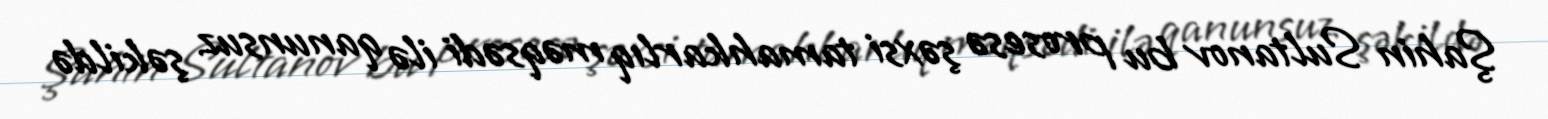
Şahin Sultanov bu prosesə şəxsi tamahkarlıq məqsədi ilə qanunsuz şəkildə